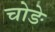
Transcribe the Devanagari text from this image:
चोङे